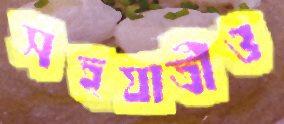
সহযাত্রীও